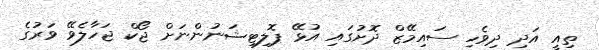
ތިއީ އަދި ދިވެހި ސައިމޭޒް ދޮށުގައި އުޅޭ ޕޮލިޓިޝަނުންނަށް ޖޯކް ޖަހާލެވޭ ވަރުގެ